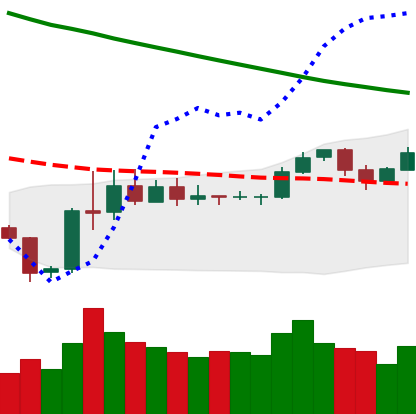
Ticker: LTC-USD
Chart end date: 2019-11-10
Forward return: -9.445%
Label: down_7plus